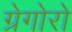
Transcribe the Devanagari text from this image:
ग्रेगोरो